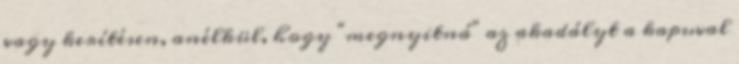
vagy kerítésen, anélkül, hogy "megnyitná" az akadályt a kapuval